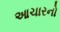
આચારનો